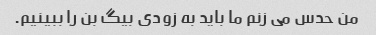
من حدس می زنم ما باید به زودی بیگ بن را ببینیم.